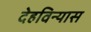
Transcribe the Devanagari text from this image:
देहविन्यास